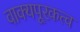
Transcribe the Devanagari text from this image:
वाक्यपूरकत्व